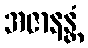
အဇာနန္တံ